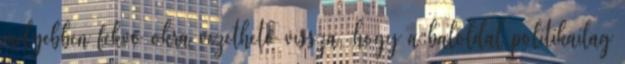
mélyebben fekvő okra vezethető vissza, hogy a baloldal politikailag